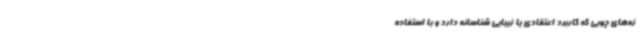
زه‌های چوبی که کاربرد اعتقادی یا زیبایی شناسانه دارد و با استفاده